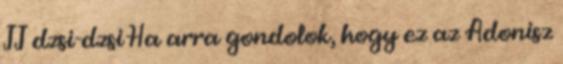
JJ dzsi-dzsi Ha arra gondolok, hogy ez az Adonisz